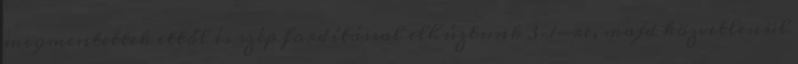
megmentettek ettől és szép fordítással elhúztunk 3–1-re, majd közvetlenül